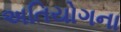
અતિયોગના